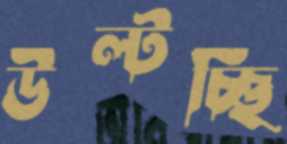
উল্‌টচ্ছি